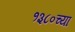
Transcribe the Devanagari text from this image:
१३८०च्या